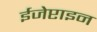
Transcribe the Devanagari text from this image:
ईजेप्टाइन